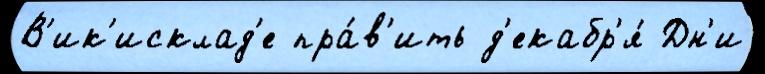
В'ик'исклад'е пра́в'ить д'екабр'я́ Дн'и